Anatomy and histology of ticks - Number 23
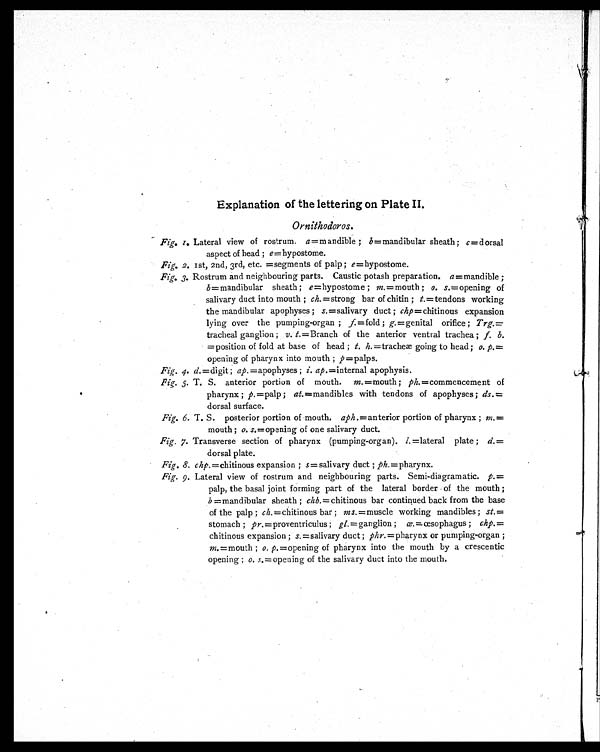
Explanation of the lettering on Plate II.
Ornithodoros.
Fig. 1. Lateral view of rostrum. a =mandible ; b =mandibular sheath ; c =dorsal
aspect of head ; e =hypostome.
Fig. 2. 1st, 2nd, 3rd, etc. =segments of palp ; e =hypostome.
Fig. 3. Rostrum and neighbouring parts. Caustic potash preparation. a =mandible ;
b =mandibular sheath ; e =hypostome ; m. =mouth; o. s. =opening of
salivary duct into mouth ; ch. =strong bar of chitin ; t. =tendons working
the mandibular apophyses ; s. =salivary duct ; chp =chitinous expansion
lying over the pumping-organ ; f. =fold ; g. =genital orifice ; Trg.
=tracheal ganglion ; v. t. =Branch of the anterior ventral trachea ; f. b.
=position of fold at base of head ; t. h. =tracheæ going to head; o. p.
=opening of pharynx into mouth ;
p =palps.
Fig. 4. d. =digit, ap. =apophyses; i. ap. =internal apophysis.
Fig. 5.T. S. anterior portion of mouth.m.=mouth;ph.=commencement of
pharynx ; p. =palp ; at. =mandibles with tendons of apophyses ; ds.
=dorsal surface.
Fig. 6. T. S. posterior portion of mouth. aph. =anterior portion of pharynx ; m.
=mouth ; o. s. =opening of one salivary duct.
Fig. 7. Transverse section of pharynx (pumping-organ). l. =lateral plate ; d.
=dorsal plate.
Fig. 8. chp. =chitinous expansion ; s =salivary duct ; ph. =pharynx.
Fig. 9. Lateral view of rostrum and neighbouring parts. Semi-diagramatic. p.
=palp, the basal joint forming part of the lateral border of the mouth ;
b =mandibular sheath ; chb. =chitinous bar continued back from the base
of the palp ; ch. =chitinous bar ; ms. =muscle working mandibles; st.
=stomach ; pr. =proventriculus ; gl. =ganglion ; œ.=œsophagus ; chp.
=chitinous expansion ; s. =salivary duct ; phr. =pharynx or pumping-organ ;
m. =mouth ; o. p. =opening of pharynx into the mouth by a crescentic
opening ; o. s. =opening of the salivary duct into the mouth.